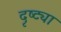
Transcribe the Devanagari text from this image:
दृष्‍ट्या